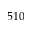
5 1 0